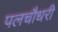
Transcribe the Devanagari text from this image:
पलचौधरी